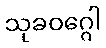
သုခဝဂ္ဂေါ